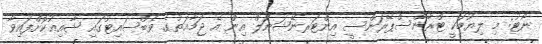
ނޯޓު: މި ލިޔުމަކީ ޓްރާންސްޕޭރަންސީ އިންޓަރނޭޝަނަލް އިން އެ ޖަމާޢަތުގެ ވެބްސައިޓުގައި ޝާއިޢުކޮށްފައިވާ